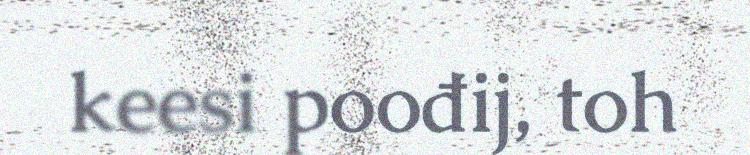
keesi poođij, toh